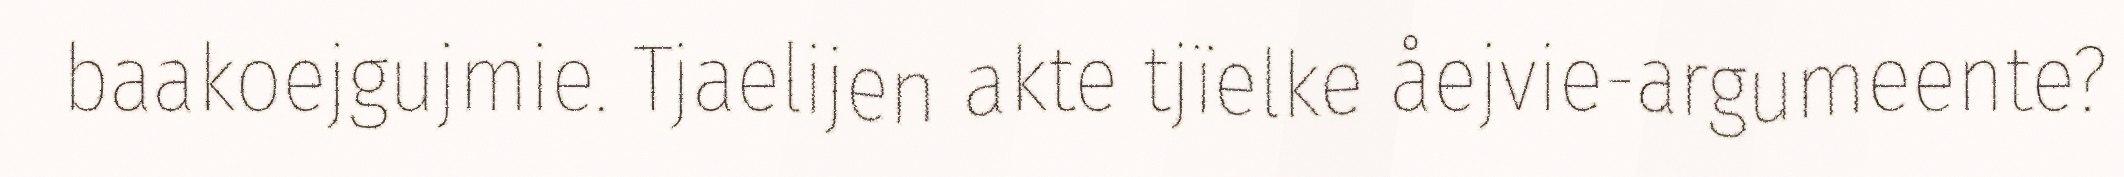
baakoejgujmie. Tjaelijen akte tjïelke åejvie-argumeente?